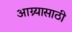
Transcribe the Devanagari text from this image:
आग्र्यासाठी